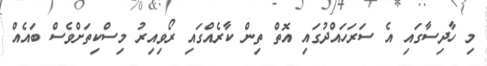
މި ހާދިސާގައި އެ ސަރަހައްދުގައި އޮތް ތިން ކާރެއްގައި ރޯވިއިރު މިސްކިތަށްވެސް ބައެއް